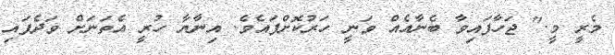
މެރީ މީ." ޖަހާފައިވާ ބެނާއެއް ވަނީ ހަރުކޮށްފައެވެ. އިނާޔާ ހުރީ އެތަނަށް ވަދެފައި